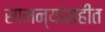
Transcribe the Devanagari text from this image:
सामन्यांसहीत